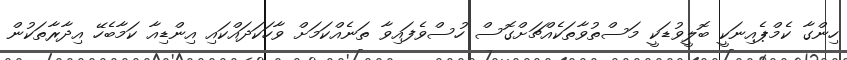
ހިންގާ ކެމްޕެއިނަކީ ބޮލީވުޑަކީ މަސްތުވާތަކެއްޗަށްގޮސް ހުސްވެފައިވާ ތަނެއްކަމަށް ވާހަކަދައްކައި އިންޑިއާ ކަމާބެހޭ އިދާރާތަކުން